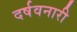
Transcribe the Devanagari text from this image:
दर्षवनारी